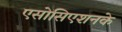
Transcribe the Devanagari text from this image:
एसोसिएशनके